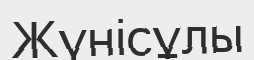
Жүнісұлы